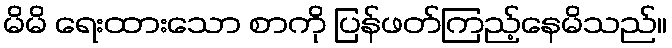
မိမိ ရေးထားသော စာကို ပြန်ဖတ်ကြည့်နေမိသည်။